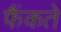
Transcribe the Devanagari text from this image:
फैंकते